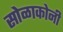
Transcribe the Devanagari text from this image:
सोळाकोनी